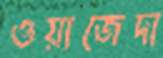
ওয়াজেদা